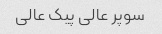
سوپر عالی پیک عالی